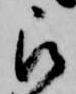
被